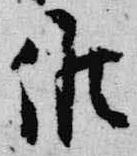
候